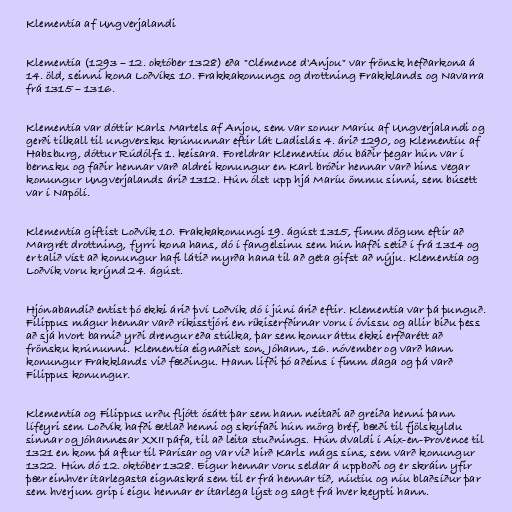
Klementía af Ungverjalandi

Klementía (1293 – 12. október 1328) eða "Clémence d'Anjou" var frönsk hefðarkona á
14. öld, seinni kona Loðvíks 10. Frakkakonungs og drottning Frakklands og Navarra
frá 1315 – 1316.

Klementía var dóttir Karls Martels af Anjou, sem var sonur Maríu af Ungverjalandi og
gerði tilkall til ungversku krúnunnar eftir lát Ladislás 4. árið 1290, og Klementíu af
Habsburg, dóttur Rúdólfs 1. keisara. Foreldrar Klementíu dóu báðir þegar hún var í
bernsku og faðir hennar varð aldrei konungur en Karl bróðir hennar varð hins vegar
konungur Ungverjalands árið 1312. Hún ólst upp hjá Maríu ömmu sinni, sem búsett
var í Napólí.

Klementía giftist Loðvík 10. Frakkakonungi 19. ágúst 1315, fimm dögum eftir að
Margrét drottning, fyrri kona hans, dó í fangelsinu sem hún hafði setið í frá 1314 og
er talið víst að konungur hafi látið myrða hana til að geta gifst að nýju. Klementía og
Loðvík voru krýnd 24. ágúst.

Hjónabandið entist þó ekki árið því Loðvík dó í júní árið eftir. Klementía var þá þunguð.
Filippus mágur hennar varð ríkisstjóri en ríkiserfðirnar voru í óvissu og allir biðu þess
að sjá hvort barnið yrði drengur eða stúlka, þar sem konur áttu ekki erfðarétt að
frönsku krúnunni. Klementía eignaðist son, Jóhann, 16. nóvember og varð hann
konungur Frakklands við fæðingu. Hann lifði þó aðeins í fimm daga og þá varð
Filippus konungur.

Klementía og Filippus urðu fljótt ósátt þar sem hann neitaði að greiða henni þann
lífeyri sem Loðvík hafði ætlað henni og skrifaði hún mörg bréf, bæði til fjölskyldu
sinnar og Jóhannesar XXII páfa, til að leita stuðnings. Hún dvaldi í Aix-en-Provence til
1321 en kom þá aftur til Parísar og var við hirð Karls mágs síns, sem varð konungur
1322. Hún dó 12. október 1328. Eigur hennar voru seldar á uppboði og er skráin yfir
þær einhver ítarlegasta eignaskrá sem til er frá hennar tíð, níutíu og níu blaðsíður þar
sem hverjum grip í eigu hennar er ítarlega lýst og sagt frá hver keypti hann.